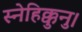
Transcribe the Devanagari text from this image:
स्नेहिक्कुनु।